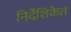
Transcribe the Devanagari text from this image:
निर्देशिकेत